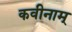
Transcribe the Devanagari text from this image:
कवीनाम्